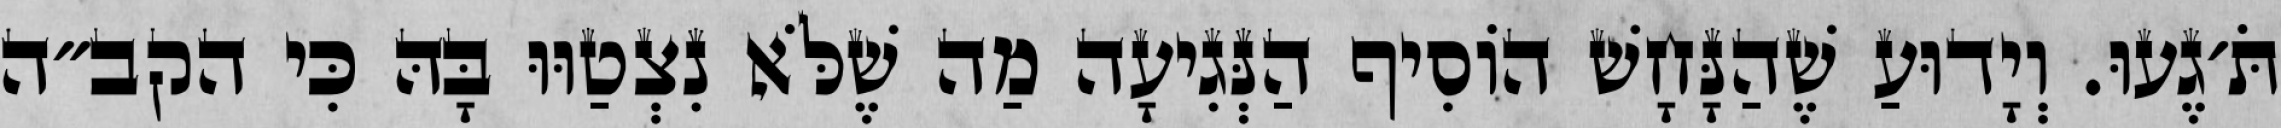
תֹּ׳גֶעוּ. וְיָדוּעַ שֶׁהַנָּחָשׁ הוֹסִיף הַנְּגִיעָה מַה שֶׁלֹּא נִצְטַוּוּ בָּהּ כִּי הקב״ה